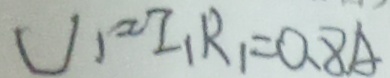
U _ { 1 } = I _ { 1 } R _ { 1 } = 0 . 8 A